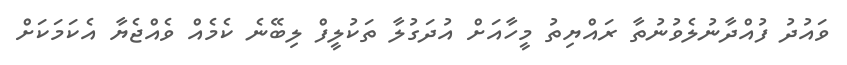
ވައުދު ފުއްދާނުލެވުނުތާ ރައްޔިތު މީހާއަށް އުދަގުލާ ތަކުލީފް ލިބޭނެ ކެމެއް ވެއްޖެޔާ އެކަމަކަށް